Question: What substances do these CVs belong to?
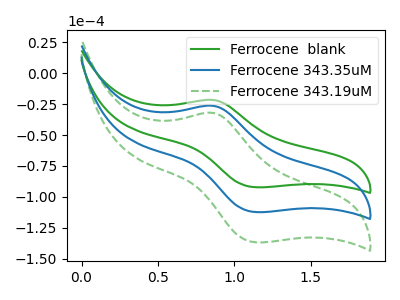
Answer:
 <answer>The green curve is labeled "Ferrocene  blank". The blue curve is labeled "Ferrocene 343.35uM". The green dashed curve is labeled "Ferrocene 343.19uM".</answer>
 <eval></eval>